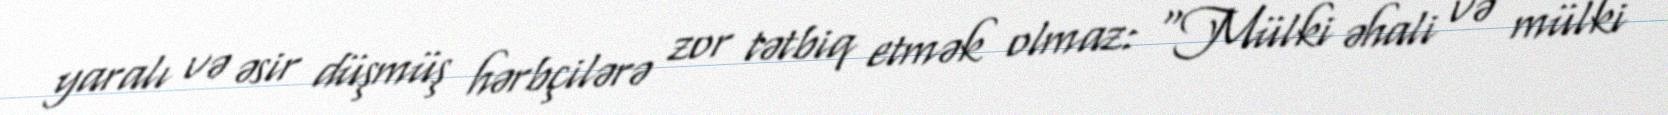
yaralı və əsir düşmüş hərbçilərə zor tətbiq etmək olmaz: “Mülki əhali və mülki